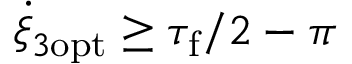
\dot { \xi } _ { 3 \mathrm { o p t } } \geq \tau _ { \mathrm { f } } / 2 - \pi